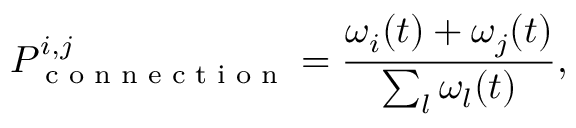
P _ { \textrm { c o n n e c t i o n } } ^ { i , j } = \frac { \omega _ { i } ( t ) + \omega _ { j } ( t ) } { \sum _ { l } \omega _ { l } ( t ) } ,